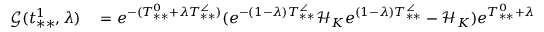
\begin{array} { r l } { \mathcal { G } ( t _ { * * } ^ { 1 } , \lambda ) } & { { } = e ^ { - ( T _ { * * } ^ { 0 } + \lambda T _ { * * } ^ { \angle } ) } ( e ^ { - ( 1 - \lambda ) T _ { * * } ^ { \angle } } \mathcal { H } _ { K } e ^ { ( 1 - \lambda ) T _ { * * } ^ { \angle } } - \mathcal { H } _ { K } ) e ^ { T _ { * * } ^ { 0 } + \lambda T _ { * * } ^ { \angle } } } \end{array}